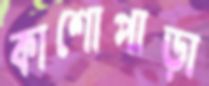
কাশোপাড়া